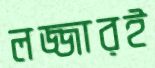
লজ্জারই